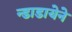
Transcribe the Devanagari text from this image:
न्डाडायेने